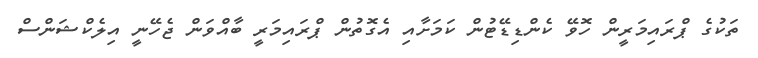
ތަކުގެ ޕްރައިމަރީން ހޮވޭ ކެންޑިޑޭޓުން ކަމަށާއި އެގޮތުން ޕްރައިމަރީ ބާއްވަން ޖެހޭނީ އިލެކްޝަންސް